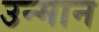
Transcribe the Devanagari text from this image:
उन्मान